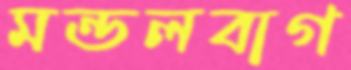
মন্ডলবাগ